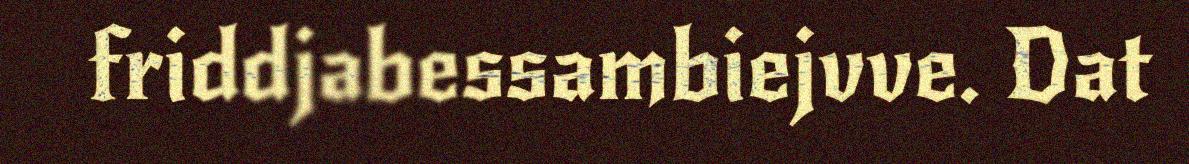
friddjabessambiejvve. Dat